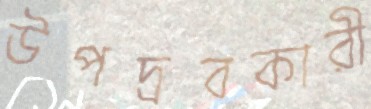
উপদ্রবকারী